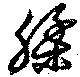
腬